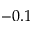
- 0 . 1